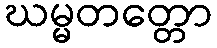
ဃမ္မတတ္တော